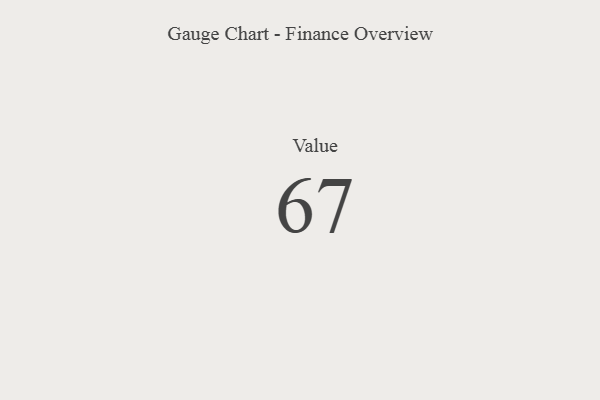
{"axis": {"x": "Metric", "y": "Value"}, "legend": [""], "data": [{"x": "Value", "y": 67, "type": ""}]}